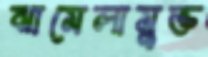
ঝামেলামুক্ত